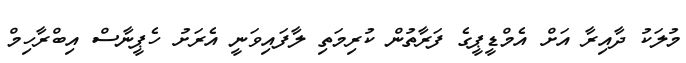
މުލަކު ދާއިރާ އަށް އެމްޑީޕީގެ ފަރާތުން ކުރިމަތި ލާފައިވަނީ އެރަށު ހެޕީނާސް އިބްރާހިމް